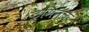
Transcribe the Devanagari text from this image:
ट्रमिनल